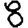
Digit: 8